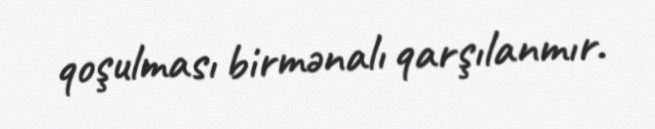
qoşulması birmənalı qarşılanmır.